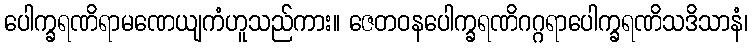
ပေါက္ခရဏိရာမဏေယျကံဟူသည်ကား။ ဇေတဝနပေါက္ခရဏိဂဂ္ဂရာပေါက္ခရဏိသဒိသာနံ၊